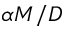
\alpha M / D